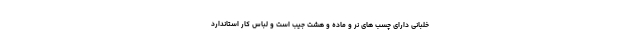
خلبانی دارای چسب های نر و ماده و هشت جیب است و لباس کار استاندارد